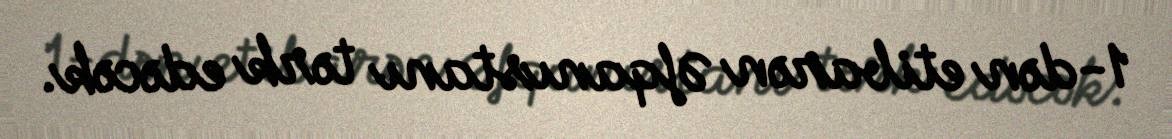
1-dən etibarən Əfqanıstanı tərk edəcək.